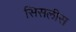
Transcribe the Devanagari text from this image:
सिसलीस